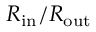
R _ { \mathrm { i n } } / R _ { \mathrm { o u t } }